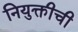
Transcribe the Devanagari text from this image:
नियुक्तीची